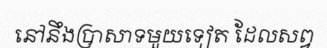
នៅនឹងប្រាសាទមួយទៀត ដែលសព្វ